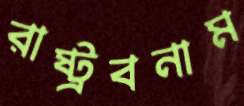
রাষ্ট্রবনাম